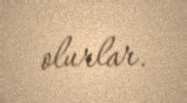
olurlar.